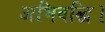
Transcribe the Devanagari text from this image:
अभिवद्धि।